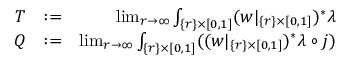
\begin{array} { r l r } { T } & { : = } & { \operatorname* { l i m } _ { r \to \infty } \int _ { \{ r \} \times [ 0 , 1 ] } ( w | _ { \{ r \} \times [ 0 , 1 ] } ) ^ { * } \lambda } \\ { Q } & { : = } & { \operatorname* { l i m } _ { r \to \infty } \int _ { \{ r \} \times [ 0 , 1 ] } ( ( w | _ { \{ r \} \times [ 0 , 1 ] } ) ^ { * } \lambda \circ j ) } \end{array}